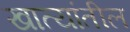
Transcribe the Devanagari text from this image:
खात्यांतील